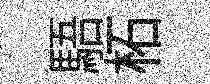
䮏柘